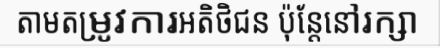
តាមតម្រូវការអតិថិជន ប៉ុន្តែនៅរក្សា